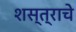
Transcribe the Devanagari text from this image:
शस्त्राचे